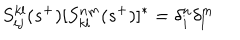
LaTeX: S _ { i j } ^ { k l } ( s ^ { + } ) [ S _ { k l } ^ { n m } ( s ^ { + } ) ] ^ { * } = \delta _ { i } ^ { n } \delta _ { l } ^ { m }